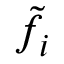
\Tilde { f } _ { i }